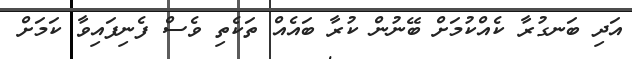
އަދި ބަނގުރާ ކެއްކުމަށް ބޭނުން ކުރާ ބައެއް ތަކެތި ވެސް ފެނިފައިވާ ކަމަށް